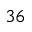
^ { 3 6 }